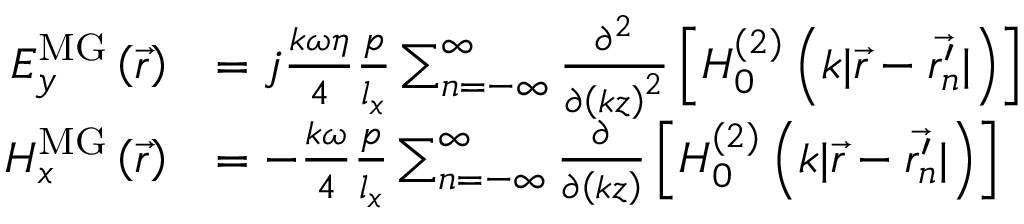
\begin{array} { r l } { E _ { y } ^ { \mathrm { M G } } \left( \vec { r } \right) } & { = j \frac { k \omega \eta } { 4 } \frac { p } { l _ { x } } \sum _ { n = - \infty } ^ { \infty } \frac { \partial ^ { 2 } } { \partial \left( k z \right) ^ { 2 } } \left[ H _ { 0 } ^ { ( 2 ) } \left( k | \vec { r } - \vec { r _ { n } ^ { \prime } } | \right) \right] } \\ { H _ { x } ^ { \mathrm { M G } } \left( \vec { r } \right) } & { = - \frac { k \omega } { 4 } \frac { p } { l _ { x } } \sum _ { n = - \infty } ^ { \infty } \frac { \partial } { \partial \left( k z \right) } \left[ H _ { 0 } ^ { ( 2 ) } \left( k | \vec { r } - \vec { r _ { n } ^ { \prime } } | \right) \right] } \end{array}